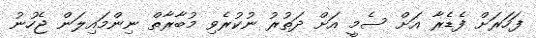
ފަހަރަށް ފެޑެރާ އަށް ސެމީ އަށް ދަތުރު ނުކުރެވި މުބާރާތް ނިންމައިލަން ޖެހުނު